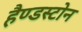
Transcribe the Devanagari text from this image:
हैण्डस्टोन